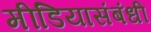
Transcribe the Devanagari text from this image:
मीडियासंबंधी